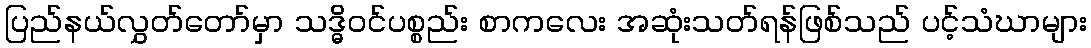
ပြည်နယ်လွှတ်တော်မှာ သဒ္ဓိဝင်ပစ္စည်း စာကလေး အဆုံးသတ်ရန်ဖြစ်သည် ပင့်သံဃာများ